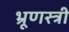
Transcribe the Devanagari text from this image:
भ्रूणस्त्री